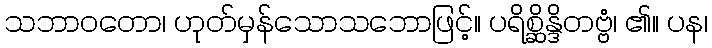
သဘာဝတော၊ ဟုတ်မှန်သောသဘောဖြင့်။ ပရိစ္ဆိန္ဒိတဗ္ဗံ၊ ၏။ ပန၊